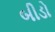
બીડો